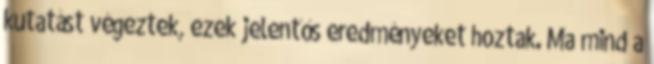
kutatást végeztek, ezek jelentős eredményeket hoztak. Ma mind a